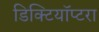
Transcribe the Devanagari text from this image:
डिक्टियॉप्टरा